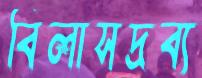
বিলাসদ্রব্য